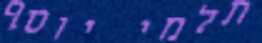
תלמי יוסף